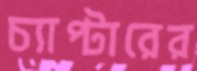
চ্যাপ্টারের